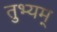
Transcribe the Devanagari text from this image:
तुभ्यम्